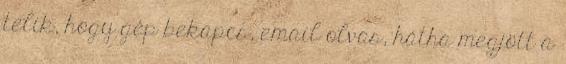
telik, hogy gép bekapcs, email olvas, hátha megjött a